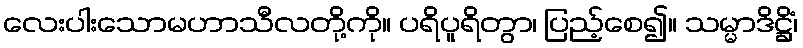
လေးပါးသောမဟာသီလတို့ကို။ ပရိပူရိတွာ၊ ပြည့်စေ၍။ သမ္မာဒိဋ္ဌိံ၊